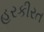
હરકીરત